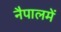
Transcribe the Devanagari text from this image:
नैपालमें